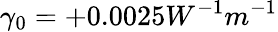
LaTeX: \gamma_{0}=+0.0025W^{-1}m^{-1}